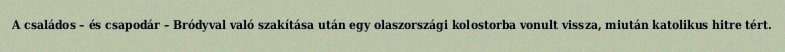
A családos – és csapodár – Bródyval való szakítása után egy olaszországi kolostorba vonult vissza, miután katolikus hitre tért.